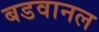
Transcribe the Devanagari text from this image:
बडवानल